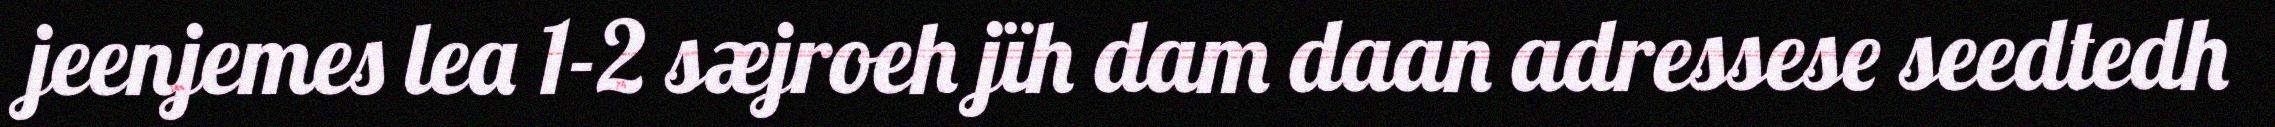
jeenjemes lea 1-2 sæjroeh jïh dam daan adressese seedtedh